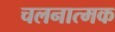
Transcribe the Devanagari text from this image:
चलनात्मक